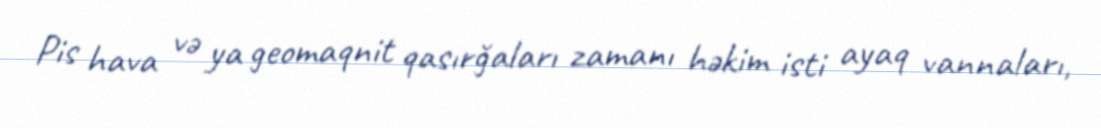
Pis hava və ya geomaqnit qasırğaları zamanı həkim isti ayaq vannaları,